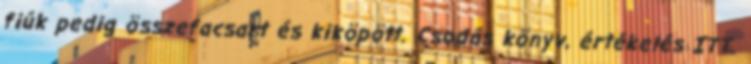
fiúk pedig összefacsart és kiköpött. Csodás könyv, értékelés ITT.